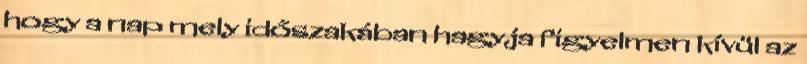
hogy a nap mely időszakában hagyja figyelmen kívül az